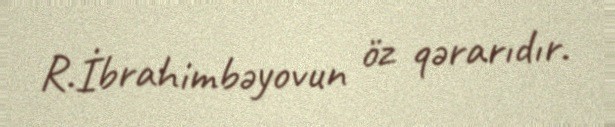
R.İbrahimbəyovun öz qərarıdır.